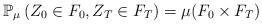
LaTeX: \begin{align*}\mathbb{P}_{\mu }\left( Z_{0}\in F_{0},Z_{T}\in F_{T}\right) =\mu(F_{0}\times F_{T}) \end{align*}